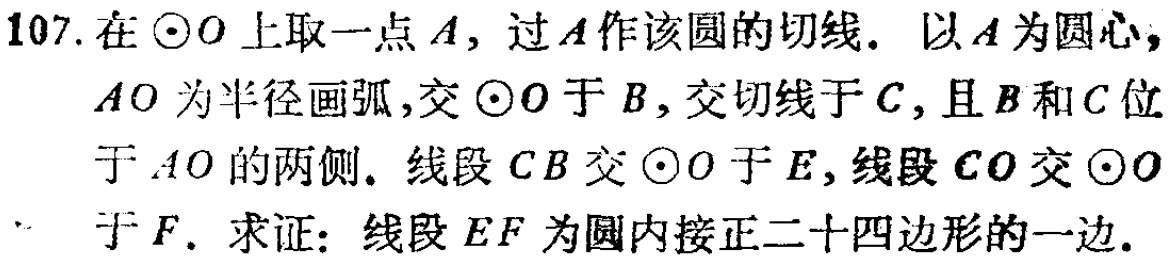
107. 在$\odot O$上取一点$A$，过$A$作该圆的切线。以$A$为圆心，$AO$为半径画弧，交$\odot O$于$B$，交切线于$C$，且$B$和$C$位于$AO$的两侧。线段$CB$交$\odot O$于$E$，线段$CO$交$\odot O$于$F$。求证：线段$EF$为圆内接正二十四边形的一边。